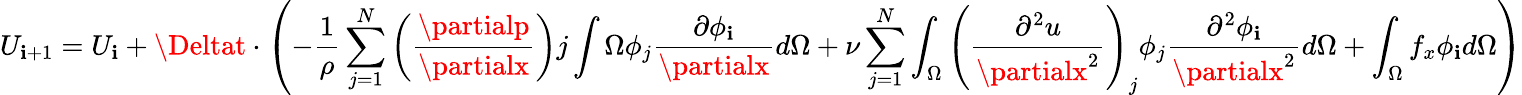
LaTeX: U_{\mathbf{i}+1}=U_{\mathbf{i}}+\Deltat\cdot\left(-{\frac{{1}}{{\rho}}}\sum_{j=1}^{N}\left({\frac{{\partialp}}{{\partialx}}}\right)j\int{\Omega}\phi_{j}{\frac{{\partial\phi_{\mathbf{i}}}}{{\partialx}}}d\Omega+\nu\sum_{j=1}^{N}\int_{\Omega}\left({\frac{{\partial^{2}u}}{{\partialx^{2}}}}\right)_{j}\phi_{j}{\frac{{\partial^{2}\phi_{\mathbf{i}}}}{{\partialx^{2}}}}d\Omega+\int_{\Omega}f_{x}\phi_{\mathbf{i}}d\Omega\right)